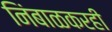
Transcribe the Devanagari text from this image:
निंबाळकरही